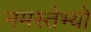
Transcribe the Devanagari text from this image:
नमस्तेभ्यो